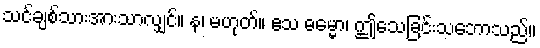
သင်ချစ်သားအားသာလျှင်။ န၊ မဟုတ်။ ဧသ ဓမ္မော၊ ဤသေခြင်းသဘောသည်။